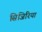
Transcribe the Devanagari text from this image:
सिजिरिया